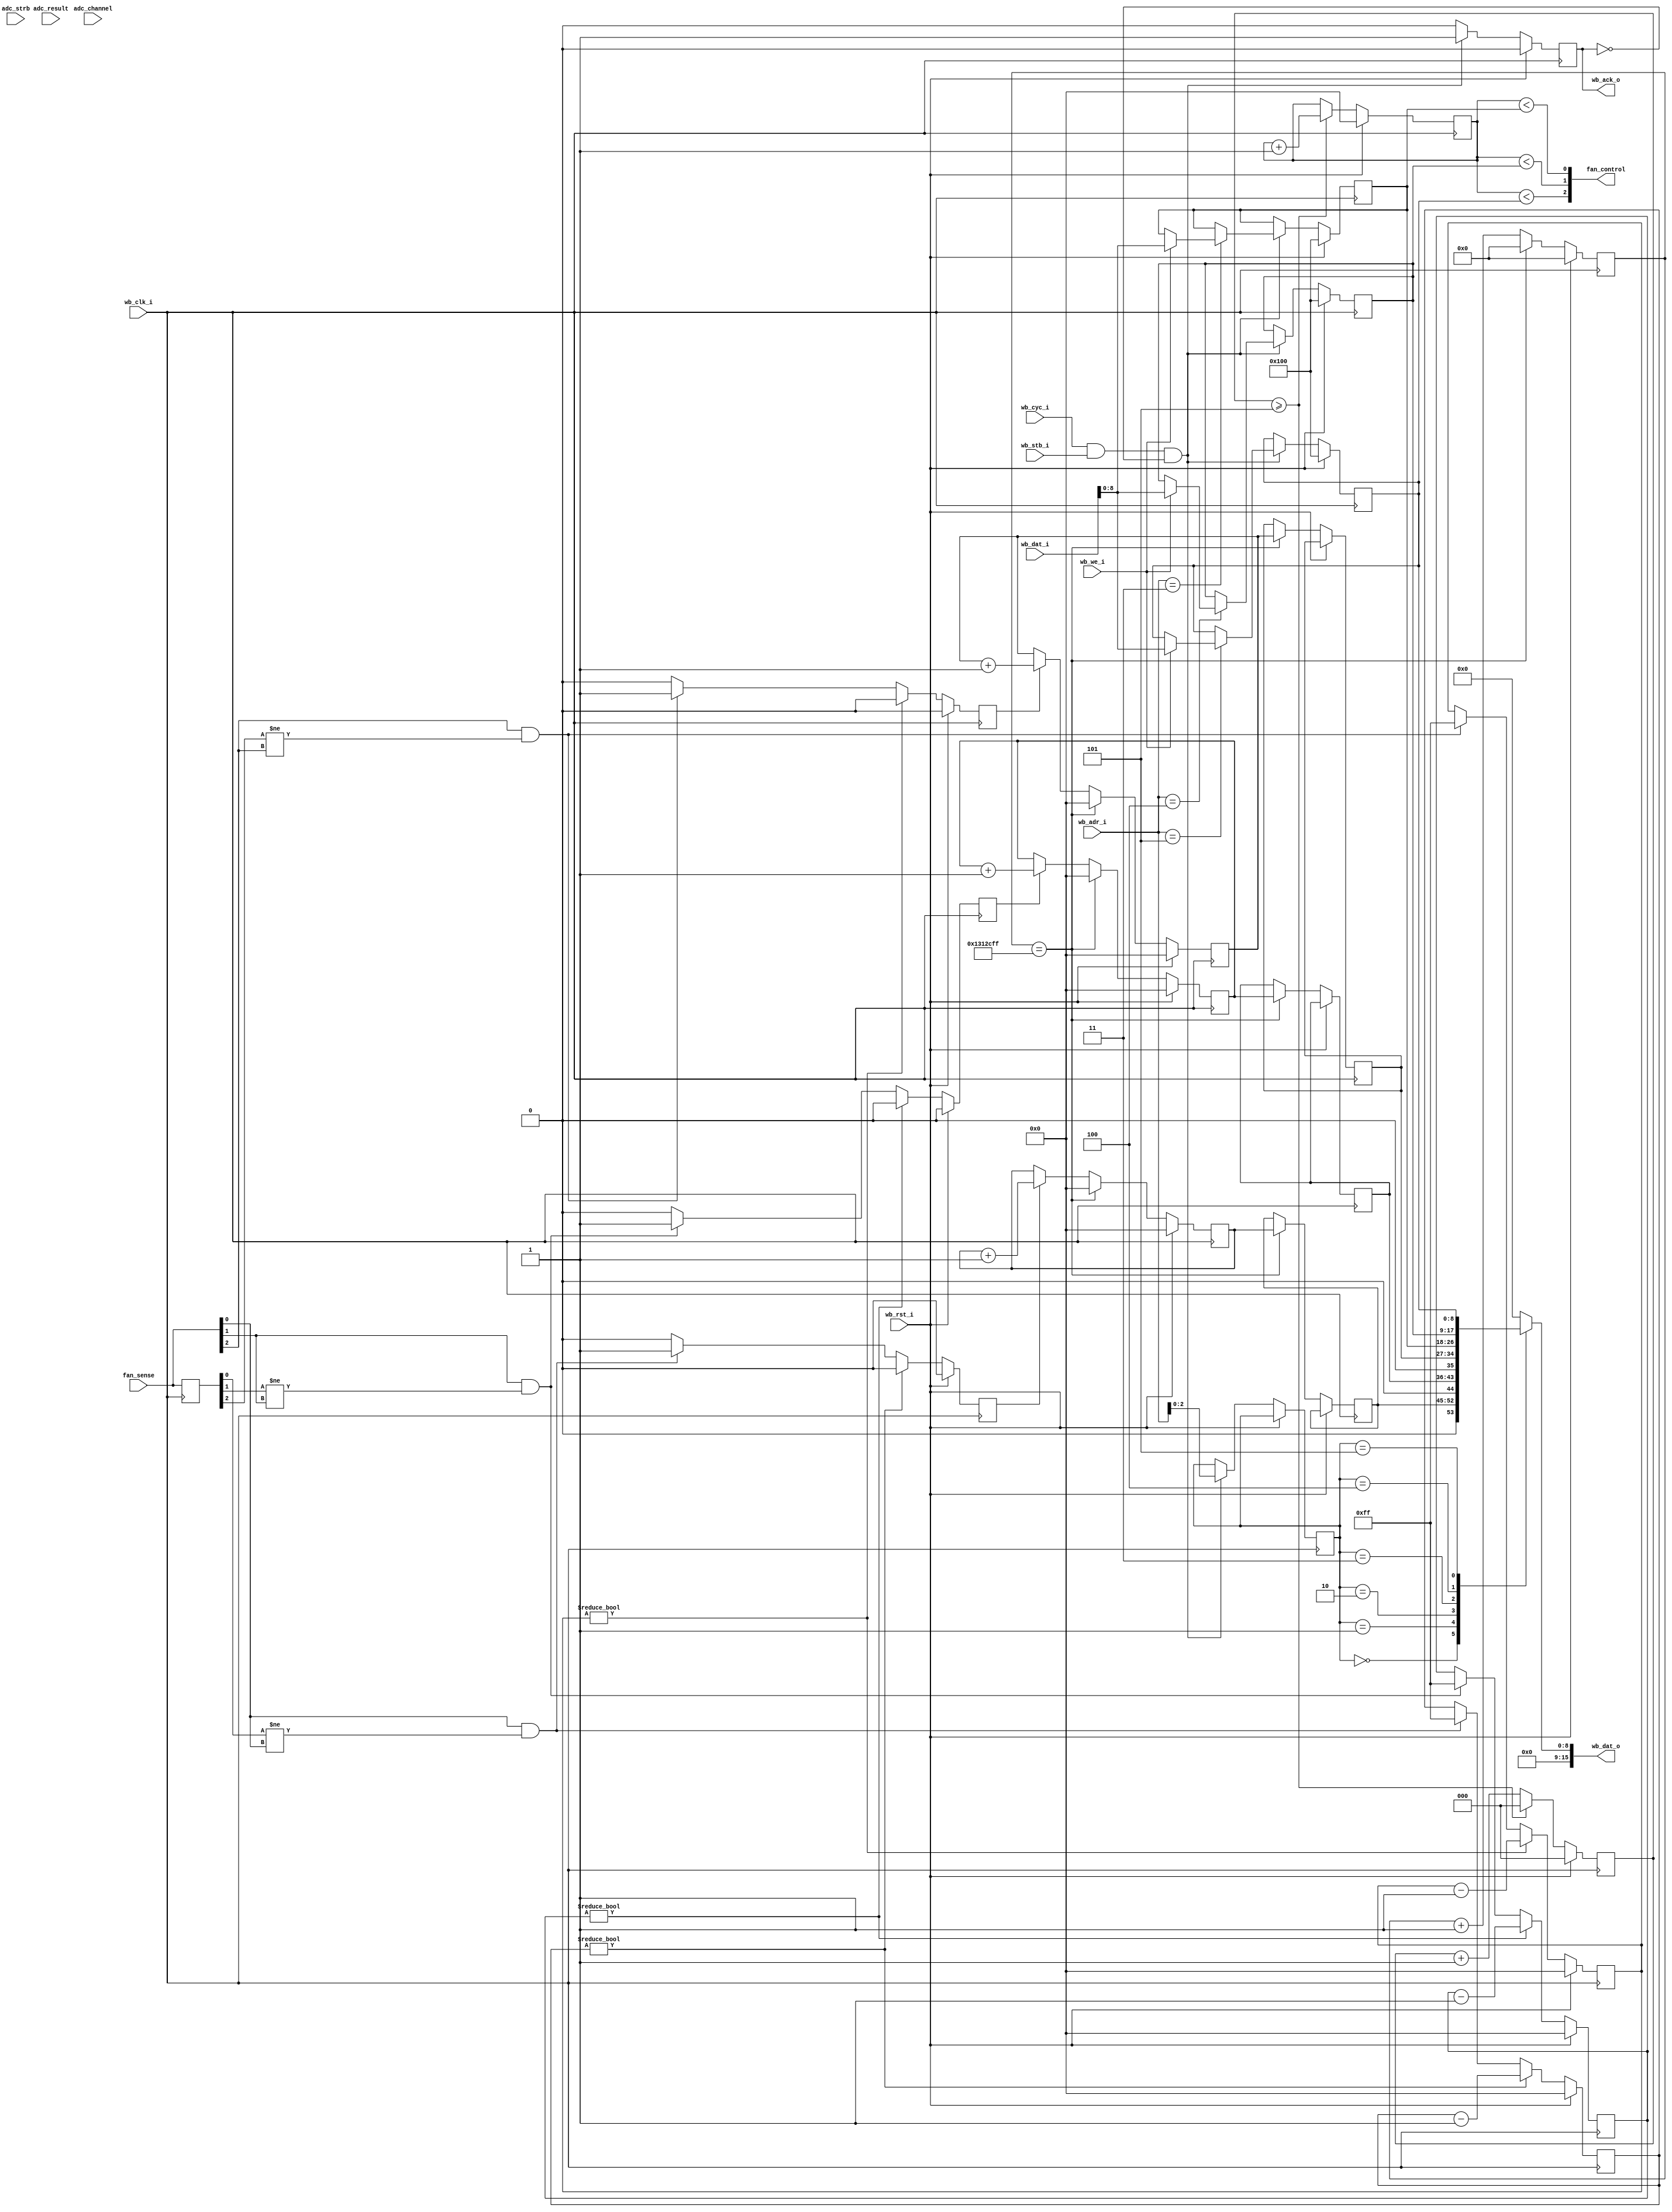
`timescale 1ns/10ps

module fan_controller(
    wb_clk_i, wb_rst_i,
    wb_stb_i, wb_cyc_i, wb_we_i,
    wb_adr_i, wb_dat_i, wb_dat_o,
    wb_ack_o,
    adc_result, adc_channel, adc_strb,
    fan_sense, fan_control
  );
  parameter NUM_FANS = 3;
  input  wb_clk_i, wb_rst_i;
  input  wb_stb_i, wb_cyc_i, wb_we_i;
  input  [15:0] wb_adr_i;
  input  [15:0] wb_dat_i;
  output [15:0] wb_dat_o;
  output wb_ack_o;
 
  input  adc_strb;
  input   [4:0] adc_channel;
  input  [11:0] adc_result;

  input  [NUM_FANS - 1:0] fan_sense;
  output [NUM_FANS - 1:0] fan_control;

/************* Wishbone Attachment ***************/

  /* Wishbone Registers */
  reg        wb_ack_o;
  reg  [2:0] wb_dat_sel;
  reg [15:0] wb_dat_o;

  reg  [8:0] fan_pwm_0;
  reg  [8:0] fan_pwm_1;
  reg  [8:0] fan_pwm_2;

  reg  [7:0] fan_speed_0;
  reg  [7:0] fan_speed_1;
  reg  [7:0] fan_speed_2;

  always @(*) begin
    case (wb_dat_sel)
      0: wb_dat_o <= {8'b0, fan_speed_0};
      1: wb_dat_o <= {8'b0, fan_speed_1};
      2: wb_dat_o <= {8'b0, fan_speed_2};
      3: wb_dat_o <= {7'b0, fan_pwm_0};
      4: wb_dat_o <= {7'b0, fan_pwm_1};
      5: wb_dat_o <= {7'b0, fan_pwm_2};
      default: wb_dat_o <= 16'b0;
    endcase
  end

  always @(posedge wb_clk_i) begin
    //strobes
    wb_ack_o <= 1'b0;
    if (wb_rst_i) begin
      fan_pwm_0 <= 9'h100; // default 100% PWM
      fan_pwm_1 <= 9'h100;
      fan_pwm_2 <= 9'h100;
    end else begin
      if (wb_cyc_i & wb_stb_i & ~wb_ack_o) begin
        wb_ack_o   <= 1'b1;
        wb_dat_sel <= wb_adr_i[2:0];

        case (wb_adr_i)
          /* Fan Status 0-2 (read only) */
          3'd0: begin
          end
          3'd1: begin
          end
          3'd2: begin
          end

          /* Fan CTRL 0-2 (rd/wr) */
          3'd3: begin
            if (wb_we_i)
              fan_pwm_0 <= wb_dat_i[8:0];
          end
          3'd4: begin
            if (wb_we_i)
              fan_pwm_1 <= wb_dat_i[8:0];
          end
          3'd5: begin
            if (wb_we_i)
              fan_pwm_2 <= wb_dat_i[8:0];
          end
        endcase
      end
    end
  end

/************** Fan Control Logic ****************/

  /* The idea here is to PWM the fan control
     signals at a frequency of 21-28kHz with
     a 8-bit width value. 
  */

  reg [2:0] master_clk_div;
  reg [7:0] pwm_progress;

  always @(posedge wb_clk_i) begin
    if (wb_rst_i) begin
      master_clk_div <= 3'b0;
      pwm_progress   <= 8'd0;
    end else begin
      if (master_clk_div >= 3'd5) begin
        pwm_progress   <= pwm_progress + 1;
        /* 256 bit counter that overflows at 26 kHz */
        /* 40 MHz / 6 / 256 == 26 kHz */
        master_clk_div <= 3'd0;
      end else begin
        master_clk_div <= master_clk_div + 1;
      end
    end
  end

  assign fan_control[0] = {1'b0, pwm_progress} < fan_pwm_0;
  assign fan_control[1] = {1'b0, pwm_progress} < fan_pwm_1;
  assign fan_control[2] = {1'b0, pwm_progress} < fan_pwm_2;

/*********** Fan Speed Sense Logic *************/

  reg [NUM_FANS - 1:0] prev_fan_sense;
  reg [7:0] debounce_0;
  reg [7:0] debounce_1;
  reg [7:0] debounce_2;

  reg fan_tick_0;
  reg fan_tick_1;
  reg fan_tick_2;

  always @(posedge wb_clk_i) begin
    fan_tick_0 <= 1'b0;
    fan_tick_1 <= 1'b0;
    fan_tick_2 <= 1'b0;

    prev_fan_sense <= fan_sense;
    if (wb_rst_i) begin
      debounce_0 <= 8'b0;
      debounce_1 <= 8'b0;
      debounce_2 <= 8'b0;
    end else begin
      if (debounce_0) begin
        debounce_0 <= debounce_0 - 1;
      end else begin
        if (fan_sense[0] && prev_fan_sense[0] != fan_sense[0]) begin
          fan_tick_0 <= 1'b1;
          debounce_0 <= 8'hff;
        end
      end
      if (debounce_1) begin
        debounce_1 <= debounce_1 - 1;
      end else begin
        if (fan_sense[1] && prev_fan_sense[1] != fan_sense[1]) begin
          fan_tick_1 <= 1'b1;
          debounce_1 <= 8'hff;
        end
      end
      if (debounce_2) begin
        debounce_2 <= debounce_2 - 1;
      end else begin
        if (fan_sense[2] && prev_fan_sense[2] != fan_sense[2]) begin
          fan_tick_2 <= 1'b1;
          debounce_2 <= 8'hff;
        end
      end
    end
  end

  reg [7:0] half_rev_counter_0;
  reg [7:0] half_rev_counter_1;
  reg [7:0] half_rev_counter_2;

  reg [24:0] half_second_counter;

  always @(posedge wb_clk_i) begin
    if (wb_rst_i) begin
      half_second_counter <= 25'd0;

      half_rev_counter_0 <= 8'd0;
      half_rev_counter_1 <= 8'd0;
      half_rev_counter_2 <= 8'd0;
    end else begin
      if (fan_tick_0) begin
        half_rev_counter_0 <= half_rev_counter_0 + 1;
      end
      if (fan_tick_1) begin
        half_rev_counter_1 <= half_rev_counter_1 + 1;
      end
      if (fan_tick_2) begin
        half_rev_counter_2 <= half_rev_counter_2 + 1;
      end

      if (half_second_counter == 25'd20_000_000 - 1) begin
        /* clk = 40MHz, every 20000000 is 0.5s */
        half_second_counter <= 25'd0;

        fan_speed_0        <= half_rev_counter_0;
        half_rev_counter_0 <= 0;

        fan_speed_1        <= half_rev_counter_1;
        half_rev_counter_1 <= 0;

        fan_speed_2        <= half_rev_counter_2;
        half_rev_counter_2 <= 0;
      end else begin
        half_second_counter <= half_second_counter + 1;
      end
    end
  end

endmodule